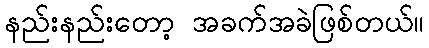
နည်းနည်းတော့ အခက်အခဲဖြစ်တယ်။